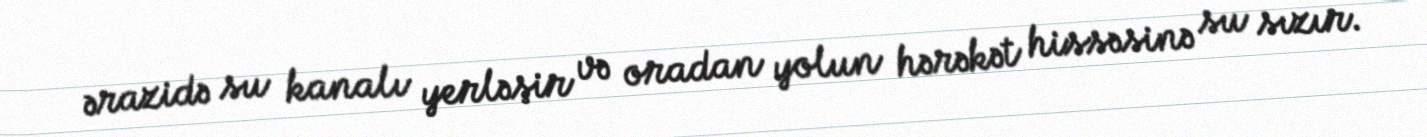
ərazidə su kanalı yerləşir və oradan yolun hərəkət hissəsinə su sızır.